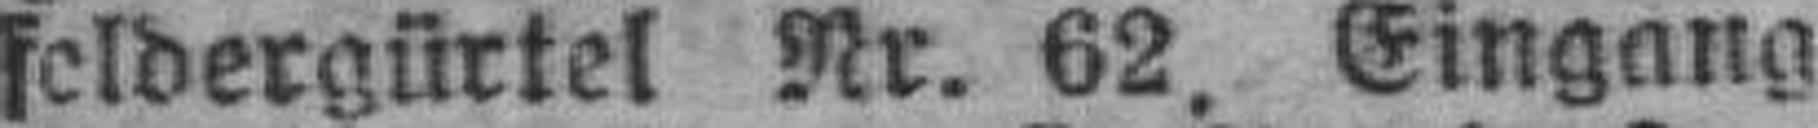
feldergürtel Nr. 62. Eingang